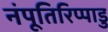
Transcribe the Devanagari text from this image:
नंपूतिरिप्पाडु